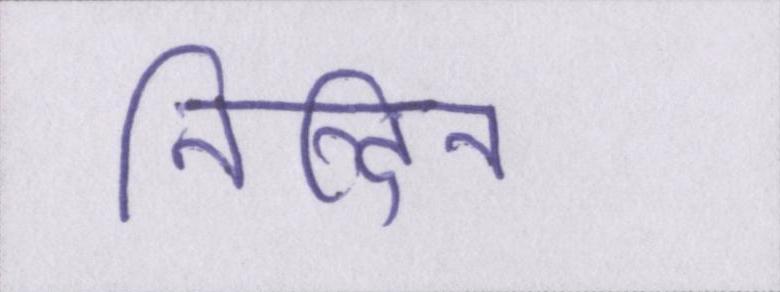
निन्दित